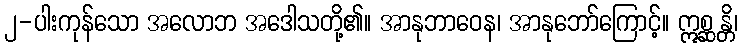
၂-ပါးကုန်သော အလောဘ အဒေါသတို့၏။ အာနုဘာဝေန၊ အာနုဘော်ကြောင့်။ ဣစ္ဆန္တိ၊